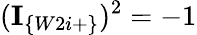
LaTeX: (\textbf{I}_{\{ W2i+\} })^{2}=-1